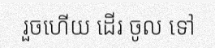
រួចហើយ ដើរ ចូល ទៅ